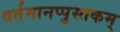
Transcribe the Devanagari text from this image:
वर्तमानप्पुस्तकम्